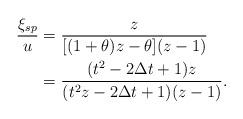
LaTeX: \begin{align*}\frac{\xi_{sp}}{u}&=\frac{z}{[(1+\theta)z-\theta](z-1)}\\&=\frac{(t^2-2\Delta t +1)z}{(t^2 z-2\Delta t +1)(z-1)}.\end{align*}